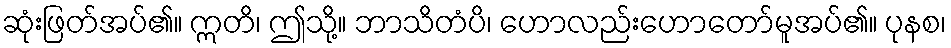
ဆုံးဖြတ်အပ်၏။ ဣတိ၊ ဤသို့။ ဘာသိတံပိ၊ ဟောလည်းဟောတော်မူအပ်၏။ ပုနစ၊